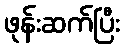
ဖုန်းဆက်ပြီး